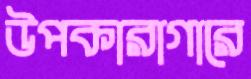
উপকারাগারে